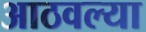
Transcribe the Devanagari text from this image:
आठवल्या